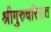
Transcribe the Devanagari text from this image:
श्रीगुरुचरित्रात